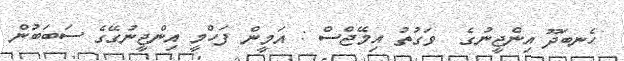
ހެނބަދޫ އިންޖީނުގެ  ވަގުތު އިމޭޖްސް : އަމީން ފަހްމީ އިންޖީނުގޭގެ ސަބަބުން